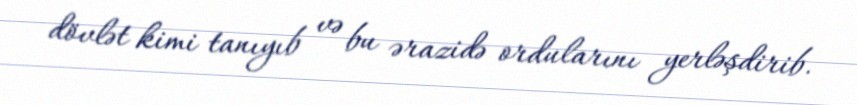
dövlət kimi tanıyıb və bu ərazidə ordularını yerləşdirib.